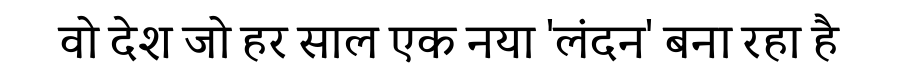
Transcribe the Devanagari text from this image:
वो देश जो हर साल एक नया 'लंदन' बना रहा है